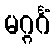
မဂ္ဂင်္ဂံ